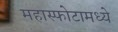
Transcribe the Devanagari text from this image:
महास्फोटामध्ये